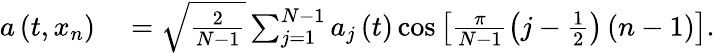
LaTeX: \begin{array}{rl}{a\left(t,x_{n}\right)}&{{}=\sqrt{\frac{2}{N-1}}\sum_{j=1}^{N-1}a_{j}\left(t\right)\cos\left[\frac{\pi}{N-1}\left(j-\frac{1}{2}\right)\left(n-1\right)\right].}\end{array}